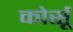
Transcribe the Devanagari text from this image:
कोर्सू